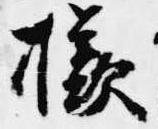
様